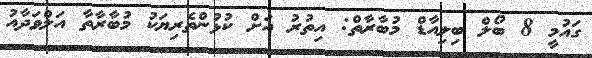
ގައުމީ 8 ބޯލް ބިލިއާޑް މުބާރާތް: އިތުރު އަށް ކުޅުންތެރިޔަކު މުބާރާތާ އަލްވަދާއު